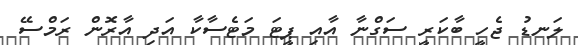
ލަނޑު ޖެހީ ބާކަރީ ސަގްނާ އާއި ޕީޓަ މަޓެސާކާ އަދި އާރޮން ރަމްސޭ